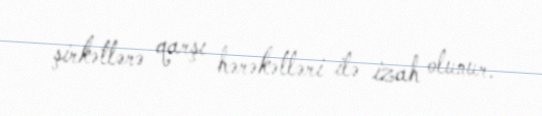
şirkətlərə qarşı hərəkətləri ilə izah olunur.